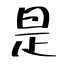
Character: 是